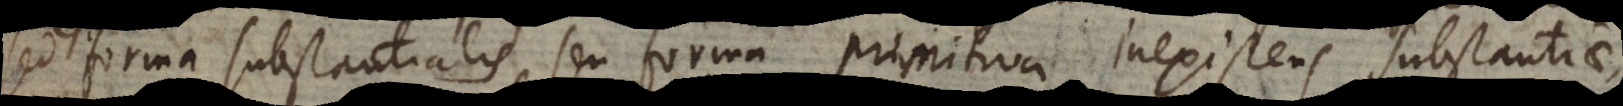
est forma substantialis seu forma primitiva inexistens substantiae,